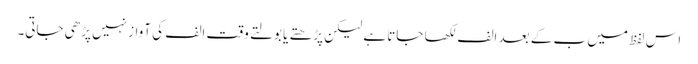
اس لفظ میں ب کے بعد الف لکھا جاتا ہے لیکن پڑھتے یا بولتے وقت الف کی آواز نہیں پڑھی جاتی۔